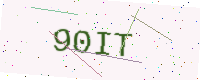
Text: 90IT